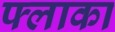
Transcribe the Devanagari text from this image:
फ्लाका